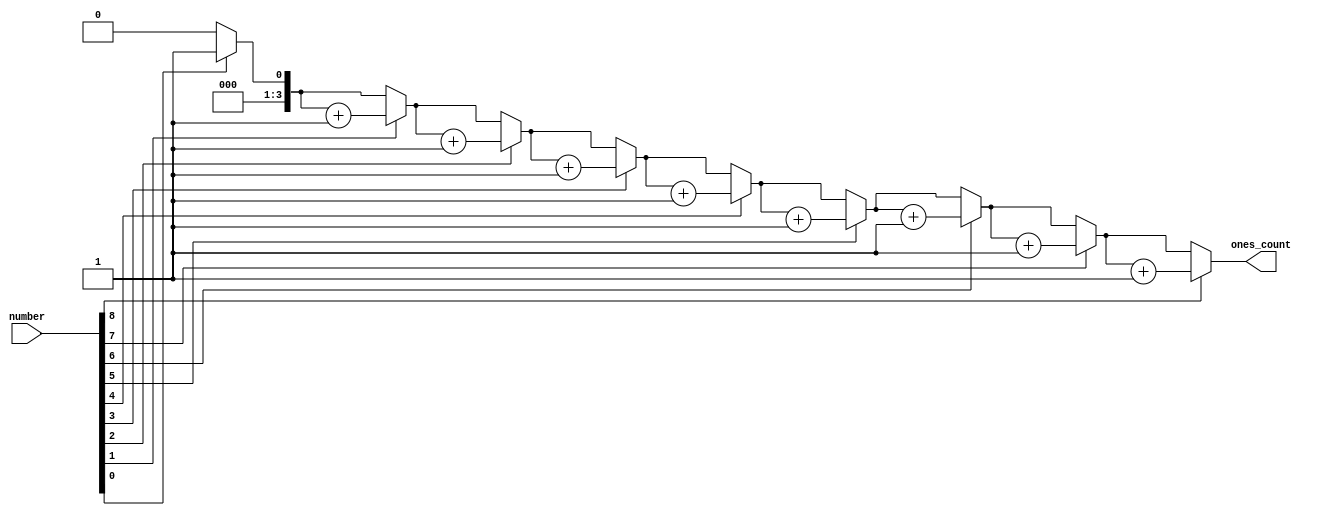
module CountOnes(input [8:0] number,output reg [3:0] ones_count);
	integer i; 
	always @* begin 
    	ones_count = 0; 
    	for (i = 0; i < 9; i = i + 1) begin
        	if (number[i] == 1'b1)
            		ones_count = ones_count + 1;
    		end	
	end
endmodule

module CountOnes_bench;
    reg [8:0] number;
    wire [3:0] ones_count;
    CountOnes UUT (.number(number),.ones_count(ones_count));
    initial begin
        	number = 9'b101010101;
        #100	number = 9'b111111111;
    end

endmodule